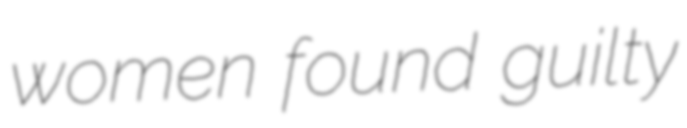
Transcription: women found guilty